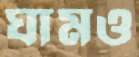
ঘামও